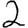
Digit: 2